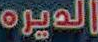
الديره